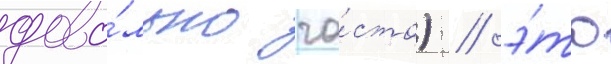
дово́льно ча́сто) / э́то